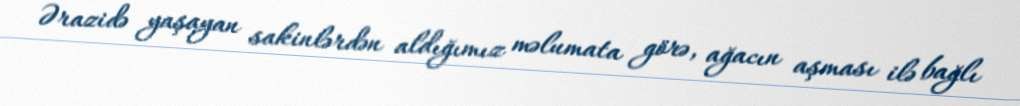
Ərazidə yaşayan sakinlərdən aldığımız məlumata görə, ağacın aşması ilə bağlı